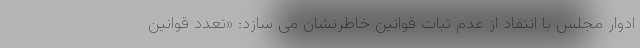
ادوار مجلس با انتقاد از عدم ثبات قوانین خاطرنشان می سازد: «تعدد قوانین